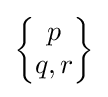
{\begin{Bmatrix}p\\q,r\end{Bmatrix}}